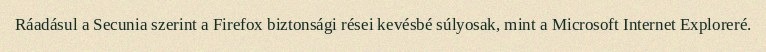
Ráadásul a Secunia szerint a Firefox biztonsági rései kevésbé súlyosak, mint a Microsoft Internet Exploreré.